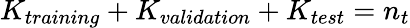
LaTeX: K_{training}+K_{validation}+K_{test}=n_{t}